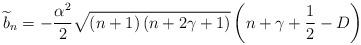
LaTeX: \begin{align*}\widetilde{b}_{n}=-\frac{\alpha ^{2}}{2}\sqrt{\left( n+1\right) \left(n+2\gamma +1\right) }\left( n+\gamma +\frac{1}{2}-D\right) \end{align*}